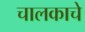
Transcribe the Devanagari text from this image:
चालकाचे